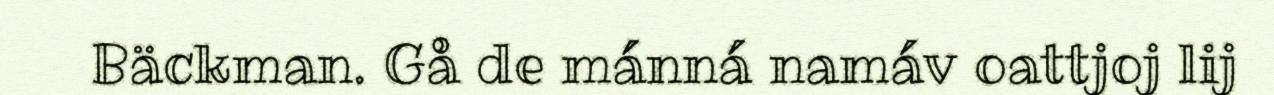
Bäckman. Gå de mánná namáv oattjoj lij